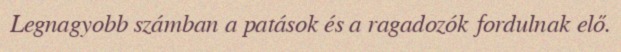
Legnagyobb számban a patások és a ragadozók fordulnak elő.